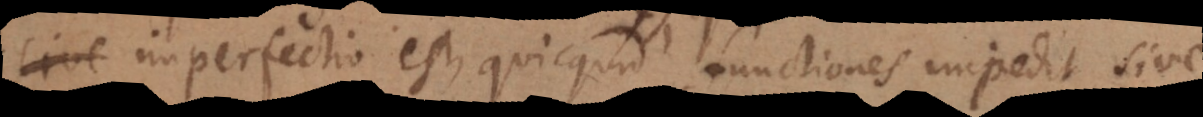
imperfectio est, quicquid functiones impedit sive